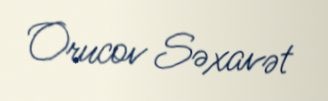
Orucov Səxavət